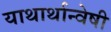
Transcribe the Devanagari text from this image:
याथार्थान्वेषी